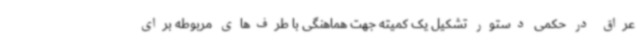
عراق در حکمی دستور تشکیل یک کمیته جهت هماهنگی با طرف‌های مربوطه برای